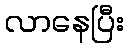
လာနေပြီး